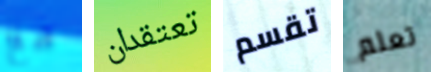
مع تعتقدان تقسم تعلم